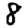
Digit: 8